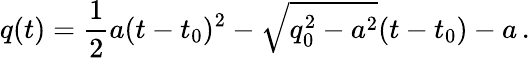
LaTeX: q(t)={\frac{1}{2}}a(t-t_{0})^{2}-\sqrt{q_{0}^{2}-a^{2}}(t-t_{0})-a\, .